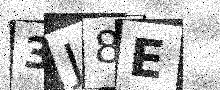
Text: 3J8E